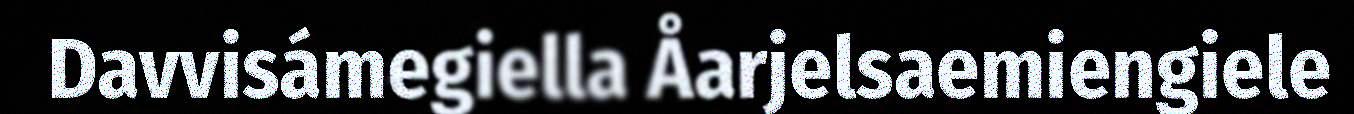
Davvisámegiella Åarjelsaemiengiele